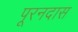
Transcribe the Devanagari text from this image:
पूरनदास